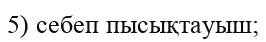
5) себеп пысықтауыш;